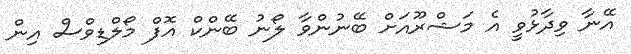
އޭނާ ވިދާޅުވީ އެ މަޝްރޫއަށް ބޭނުންވާ ލޯނު ބޭންކް އޮފް މޯލްޑިވްސް އިން